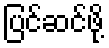
ပြင်ဆင်ဖို့